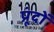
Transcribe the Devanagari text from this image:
प्रूंदों